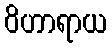
ဝိဟာရာယ